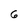
Character: 6